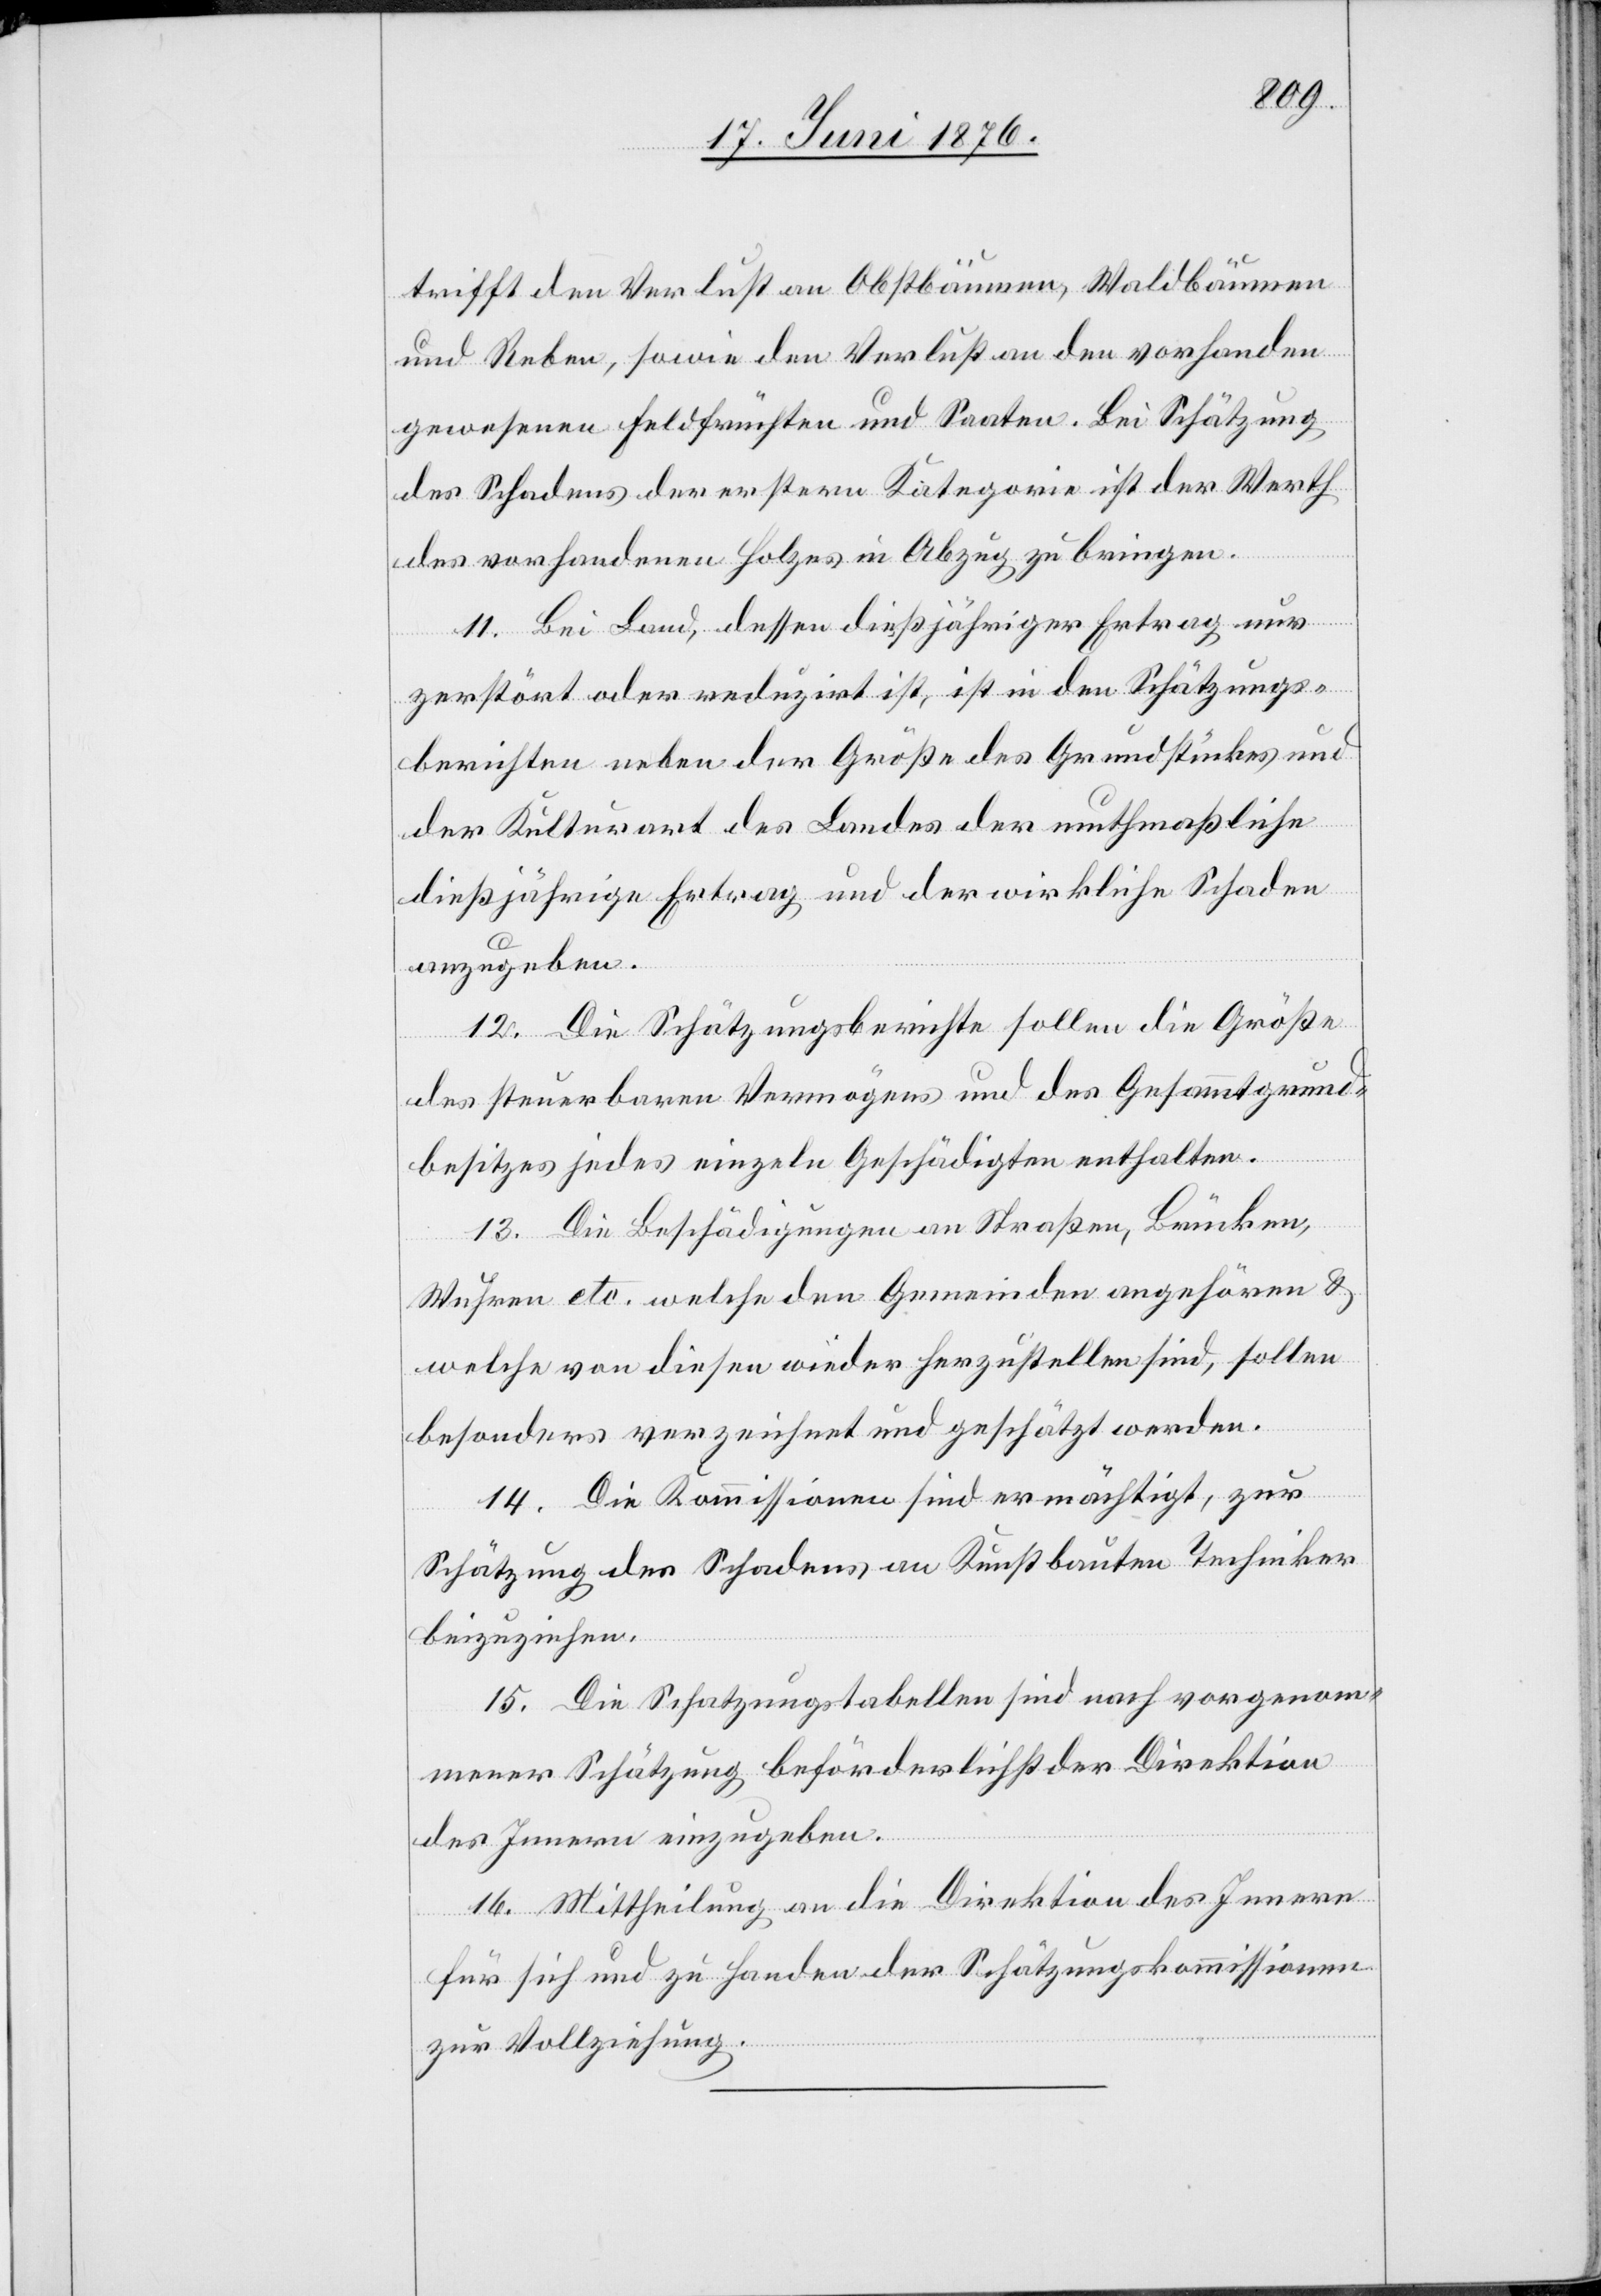
trifft den Verlust an Obstbäumen, Waldbäumen
und Reben, sowie den Verlust an den vorhanden
gewesenen Feldfrüchten und Saaten. Bei Schätzung
des Schadens der ersten Kategorie ist der Werth
des vorhandenen Holzes in Abzug zu bringen.
11. Bei Land, dessen diesjähriger Ertrag nur
zerstört oder reduzirt ist, ist in den Schätzungs¬
berichten neben der Größe des Grundstückes und
der Kulturart des Landes der muthmaßliche
dießjährige Ertrag und der wirkliche Schaden
anzugeben.
12. Die Schätzungsberichte sollen die Größe
des steuerbaren Vermögens und des Gesammtgrund¬
besitzes jedes einzeln Geschädigten enthalten.
13. Die Beschädigungen an Straßen, Brücken,
Wuhren etc. welche den Gemeinden angehören &
welche von diesen wieder herzustellen sind, sollen
besonders verzeichnet und geschätzt werden.
14. Die Kommissionen sind ermächtigt, zur
Schätzung des Schadens an Kunstbauten Techniker
beizuziehen.
15. Die Schatzungstabellen sind nach vorgenom¬
mener Schätzung beförderlichst der Direktion
des Innern einzugeben.
16. Mittheilung an die Direktion des Innern
für sich und zu Handen der Schätzungskommissionen
zur Vollziehung.